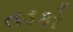
તડકો